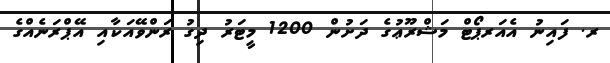
ރ. ފައިނު އެއަރޕޯޓް މަޝްރޫޢުގެ ދަށުން 1200 މީޓަރު ދިގު ރަންވޭއަކާއި އޭޕްރަނެއްގެ